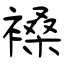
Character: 褬